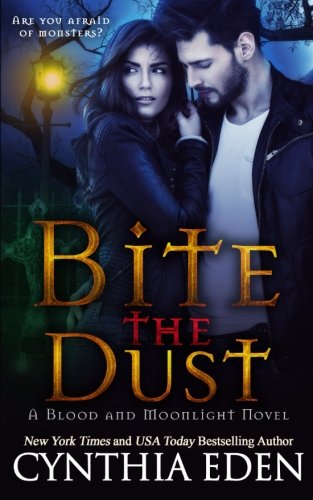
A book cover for Bite The Dust (Blood and Moonlight) (Volume 1); Cynthia Eden; Romance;